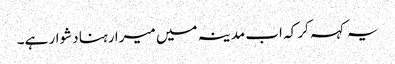
یہ کہہ کر کہ اب مدینہ میں میرا رہنا دشوار ہے۔